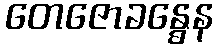
တေဇောခန္ဓေန